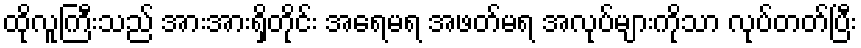
ထိုလူကြီးသည် အားအားရှိတိုင်း အရေမရ အဖတ်မရ အလုပ်များကိုသာ လုပ်တတ်ပြီး